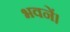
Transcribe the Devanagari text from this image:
भवनें।